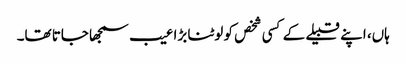
ہاں، اپنے قبیلے کے کسی شخص کو لوٹنا بڑا عیب سمجھا جاتا تھا۔